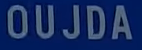
OUJDA